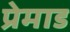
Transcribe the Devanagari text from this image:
प्रेमाड